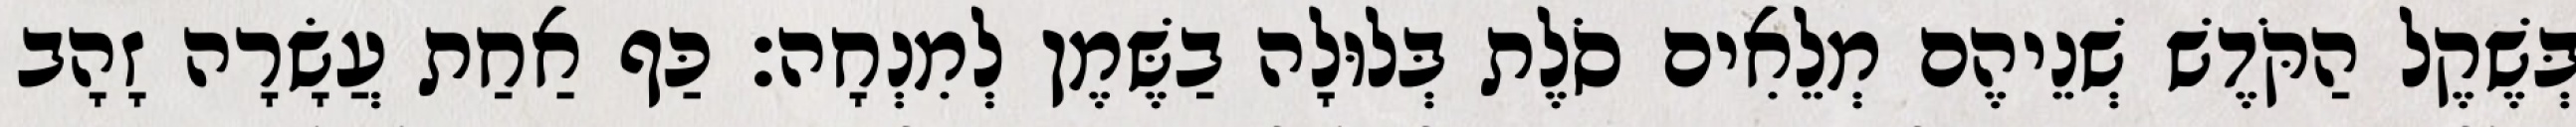
בְּשֶׁקֶל הַקֹּדֶשׁ שְׁנֵיהֶם מְלֵאִים סֹלֶת בְּלוּלָה בַשֶּׁמֶן לְמִנְחָה׃ כַּף אַחַת עֲשָׂרָה זָהָב